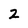
Character: 2